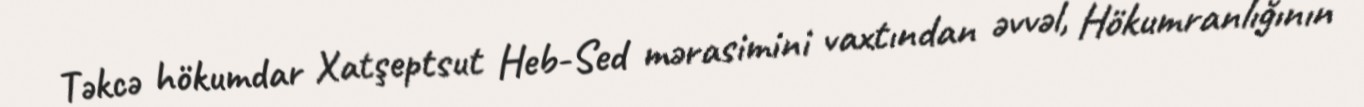
Təkcə hökumdar Xatşeptsut Heb-Sed mərasimini vaxtından əvvəl, Hökumranlığının